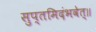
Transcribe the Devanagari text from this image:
सुप्तमिदंभवेत्॥